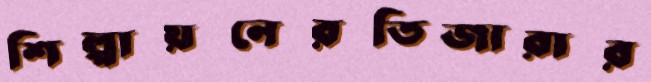
শিল্পায়নেরতিজারার